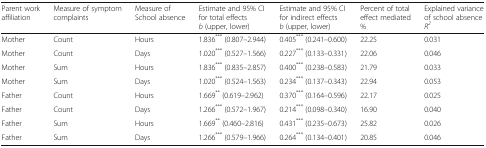
<table><thead><tr><td><b>Parent work affiliation</b></td><td><b>Measure of symptom complaints</b></td><td><b>Measure of School absence</b></td><td><b>Estimate and 95% CI for total effects<i>b</i> (upper, lower)</b></td><td><b>Estimate and 95% CI for indirect effects<i>b</i> (upper, lower)</b></td><td><b>Percent of total effect mediated%</b></td><td><b>Explained variance of school absence<i>R</i><sup><i>2</i></sup></b></td></tr></thead><tbody><tr><td>Mother</td><td>Count</td><td>Hours</td><td>1.836<sup>***</sup> (0.807–2.944)</td><td>0.405<sup>***</sup> (0.241–0.600)</td><td>22.25</td><td>0.031</td></tr><tr><td>Mother</td><td>Count</td><td>Days</td><td>1.020<sup>***</sup> (0.527–1.566)</td><td>0.227<sup>***</sup> (0.133–0.331)</td><td>22.06</td><td>0.046</td></tr><tr><td>Mother</td><td>Sum</td><td>Hours</td><td>1.836<sup>***</sup> (0.835–2.857)</td><td>0.400<sup>***</sup> (0.238–0.583)</td><td>21.79</td><td>0.033</td></tr><tr><td>Mother</td><td>Sum</td><td>Days</td><td>1.020<sup>***</sup> (0.524–1.563)</td><td>0.234<sup>***</sup> (0.137–0.343)</td><td>22.94</td><td>0.053</td></tr><tr><td>Father</td><td>Count</td><td>Hours</td><td>1.669<sup>**</sup> (0.619–2.962)</td><td>0.370<sup>***</sup> (0.164–0.596)</td><td>22.17</td><td>0.025</td></tr><tr><td>Father</td><td>Count</td><td>Days</td><td>1.266<sup>***</sup> (0.572–1.967)</td><td>0.214<sup>***</sup> (0.098–0.340)</td><td>16.90</td><td>0.040</td></tr><tr><td>Father</td><td>Sum</td><td>Hours</td><td>1.669<sup>**</sup> (0.460–2.816)</td><td>0.431<sup>***</sup> (0.235–0.673)</td><td>25.82</td><td>0.026</td></tr><tr><td>Father</td><td>Sum</td><td>Days</td><td>1.266<sup>***</sup> (0.579–1.966)</td><td>0.264<sup>***</sup> (0.134–0.401)</td><td>20.85</td><td>0.046</td></tr></tbody></table>